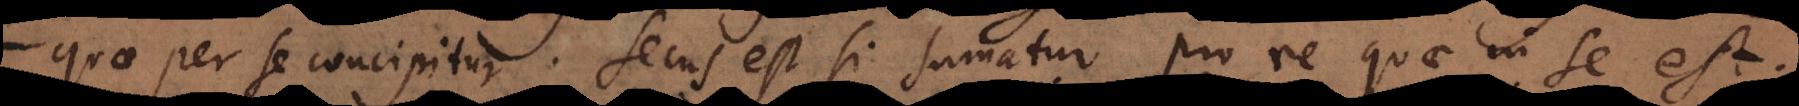
quae per se concipitur. Secus est si sumatur pro re quae in se est,